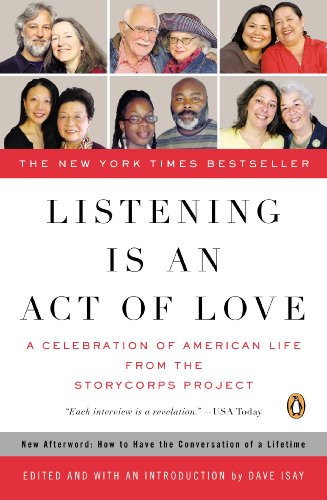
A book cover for Listening Is an Act of Love: A Celebration of American Life from the StoryCorps Project; Politics & Social Sciences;